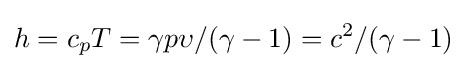
h=c_{p}T=\gamma p\upsilon /(\gamma -1)=c^{2}/(\gamma -1)